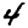
Digit: 4